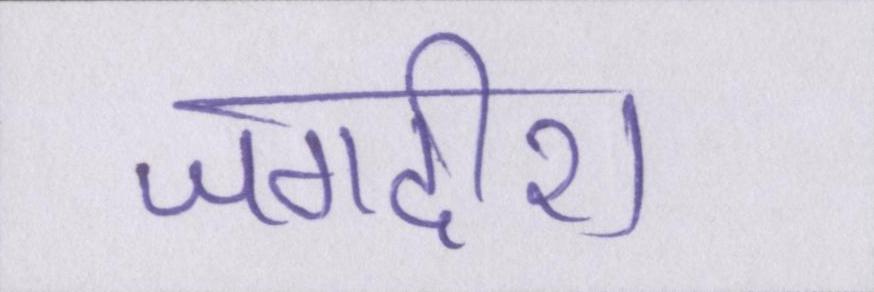
जगदीश